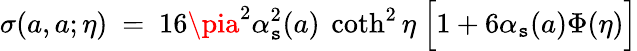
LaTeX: \sigma(a,a;\eta)~=~16\pia^{2}\alpha_{\mathtt{s}}^{2}(a)~\coth^{2}\eta~\Big[1+6\alpha_{\mathtt{s}}(a)\Phi(\eta)\Big]